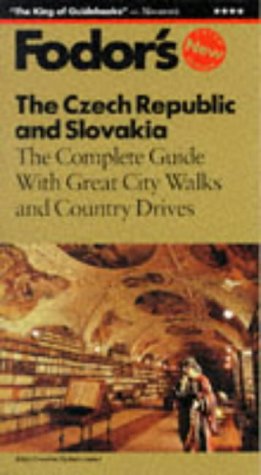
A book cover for The Czech Republic and Slovakia: The Complete Guide with Great City Walks and Country Drives (Fodor's Czech Republic and Slovakia); Fodor's; Travel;